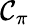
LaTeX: \mathcal{C}_{\pi}